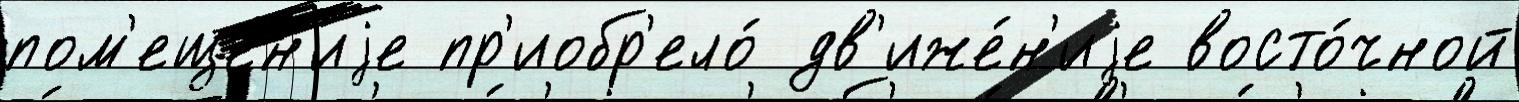
пом'еще́н'иjе пр'иобр'ело́ дв'иже́н'иjе восто́чной